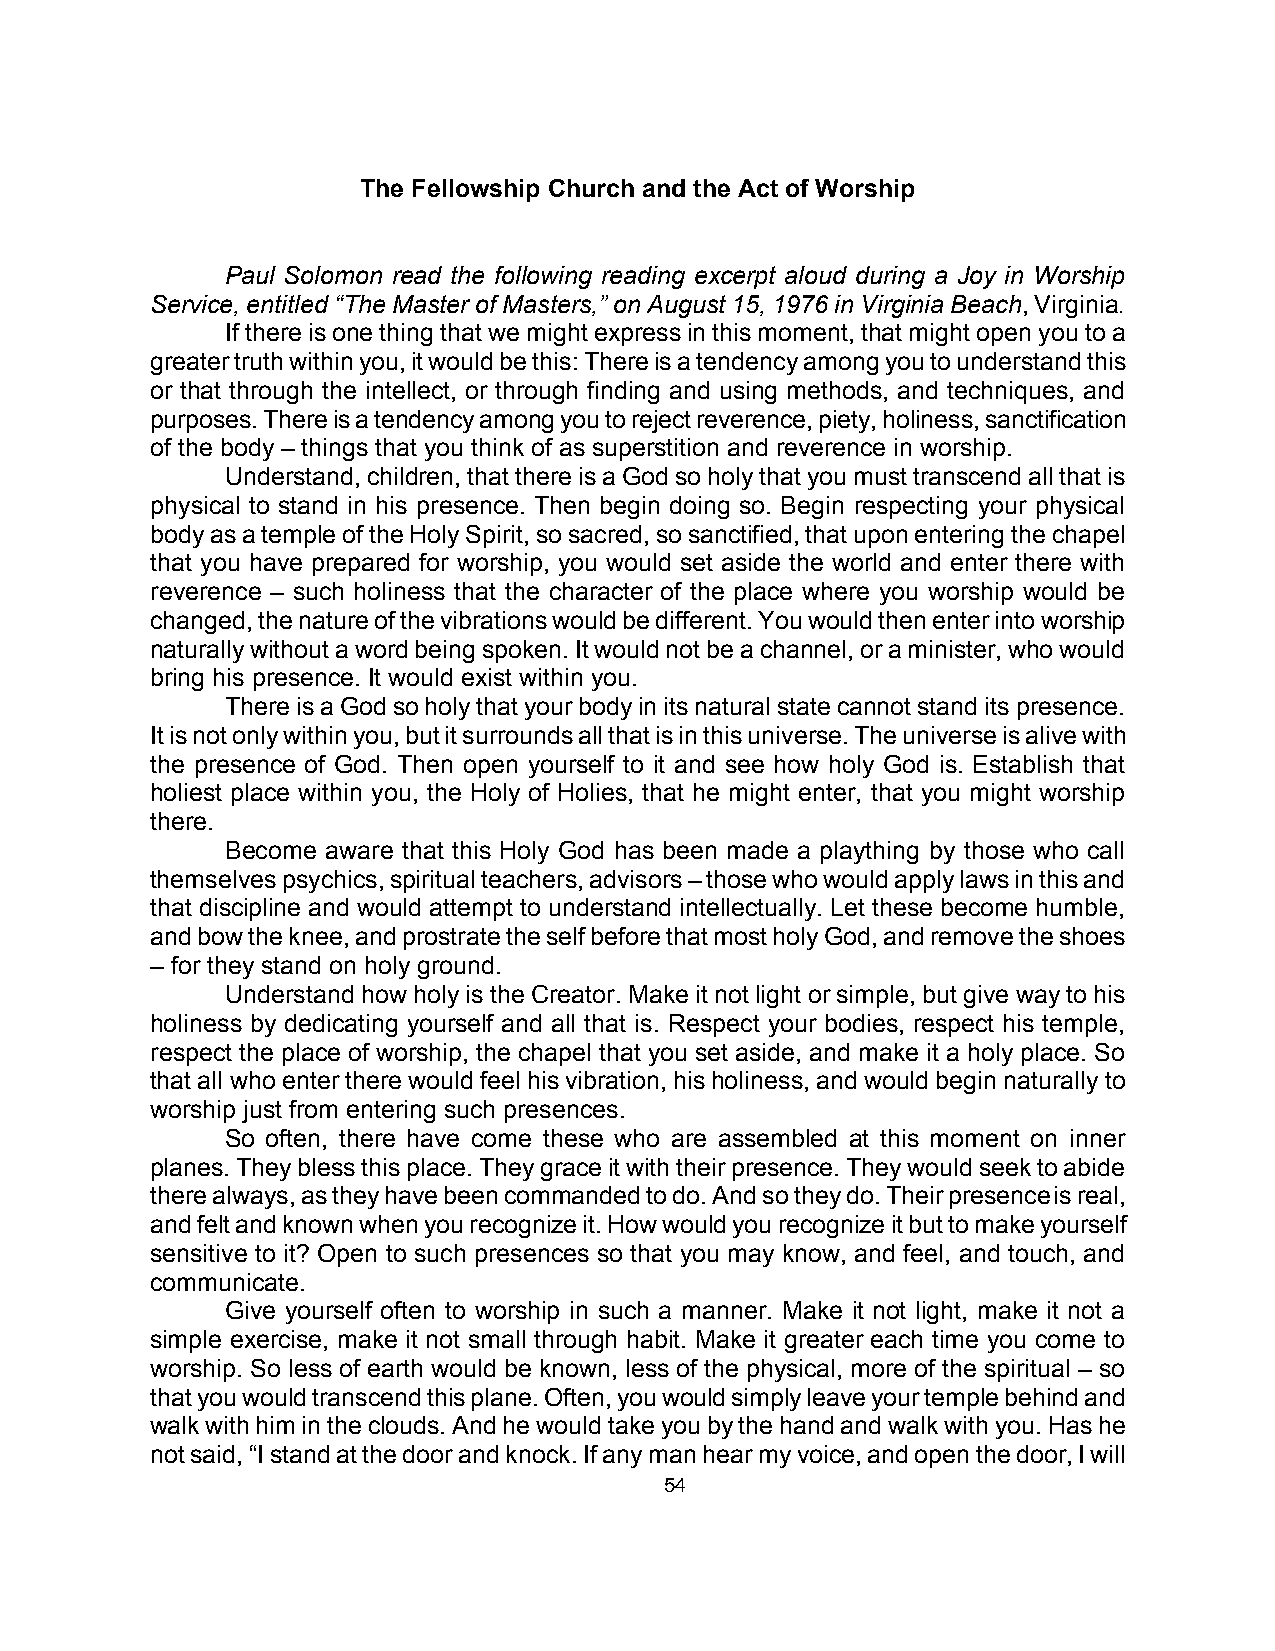
The Fellowship Church and the Act of Worship
 Paul Solomon read the following reading excerpt aloud during a Joy in Worship
 Service, entitled “The Master of Masters,” on August 15, 1976 in Virginia Beach, Virginia.
 If there is one thing that we might express in this moment, that might open you to a
 greater truth within you, it would be this: There is a tendency among you to understand this
 or that through the intellect, or through finding and using methods, and techniques, and
 purposes. There is a tendency among you to reject reverence, piety, holiness, sanctification
 of the body – things that you think of as superstition and reverence in worship.
 Understand, children, that there is a God so holy that you must transcend all that is
 physical to stand in his presence. Then begin doing so. Begin respecting your physical
 body as a temple of the Holy Spirit, so sacred, so sanctified, that upon entering the chapel
 that you have prepared for worship, you would set aside the world and enter there with
 reverence – such holiness that the character of the place where you worship would be
 changed, the nature of the vibrations would be different. You would then enter into worship
 naturally without a word being spoken. It would not be a channel, or a minister, who would
 bring his presence. It would exist within you.
 There is a God so holy that your body in its natural state cannot stand its presence.
 It is not only within you, but it surrounds all that is in this universe. The universe is alive with
 the presence of God. Then open yourself to it and see how holy God is. Establish that
 holiest place within you, the Holy of Holies, that he might enter, that you might worship
 there.
 Become aware that this Holy God has been made a plaything by those who call
 themselves psychics, spiritual teachers, advisors – those who would apply laws in this and
 that discipline and would attempt to understand intellectually. Let these become humble,
 and bow the knee, and prostrate the self before that most holy God, and remove the shoes
 – for they stand on holy ground.
 Understand how holy is the Creator. Make it not light or simple, but give way to his
 holiness by dedicating yourself and all that is. Respect your bodies, respect his temple,
 respect the place of worship, the chapel that you set aside, and make it a holy place. So
 that all who enter there would feel his vibration, his holiness, and would begin naturally to
 worship just from entering such presences.
 So often, there have come these who are assembled at this moment on inner
 planes. They bless this place. They grace it with their presence. They would seek to abide
 there always, as they have been commanded to do. And so they do. Their presence is real,
 and felt and known when you recognize it. How would you recognize it but to make yourself
 sensitive to it? Open to such presences so that you may know, and feel, and touch, and
 communicate.
 Give yourself often to worship in such a manner. Make it not light, make it not a
 simple exercise, make it not small through habit. Make it greater each time you come to
 worship. So less of earth would be known, less of the physical, more of the spiritual – so
 that you would transcend this plane. Often, you would simply leave your temple behind and
 walk with him in the clouds. And he would take you by the hand and walk with you. Has he
 not said, “I stand at the door and knock. If any man hear my voice, and open the door, I will
 54